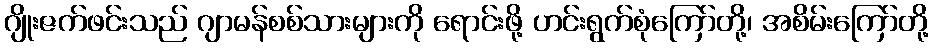
ဂျိုးဇက်ဖင်းသည် ဂျာမန်စစ်သားများကို ရောင်းဖို့ ဟင်းရွက်စုံကြော်တို့၊ အစိမ်းကြော်တို့